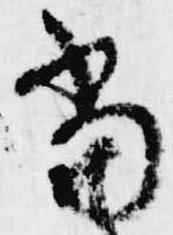
当